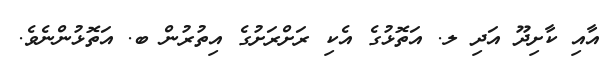
އާއި ކާށިދޫ އަދި ލ. އަތޮޅުގެ އެކި ރަށްރަށުގެ އިތުރުން ބ. އަތޮޅުންނެވެ.